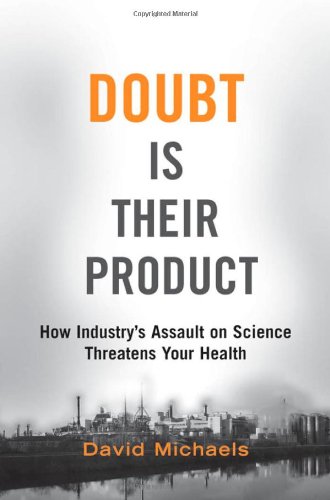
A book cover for Doubt is Their Product: How Industry's Assault on Science Threatens Your Health; David Michaels; Medical Books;